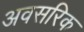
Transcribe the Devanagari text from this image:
अवसरिक